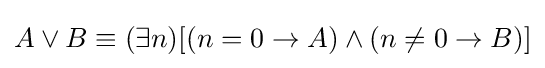
A\vee B\equiv (\exists n)[(n=0\to A)\wedge (n\neq 0\to B)]